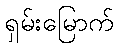
ရှမ်းမြောက်